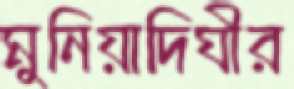
মুনিয়াদিঘীর